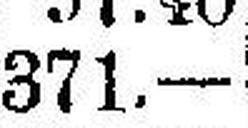
371.—